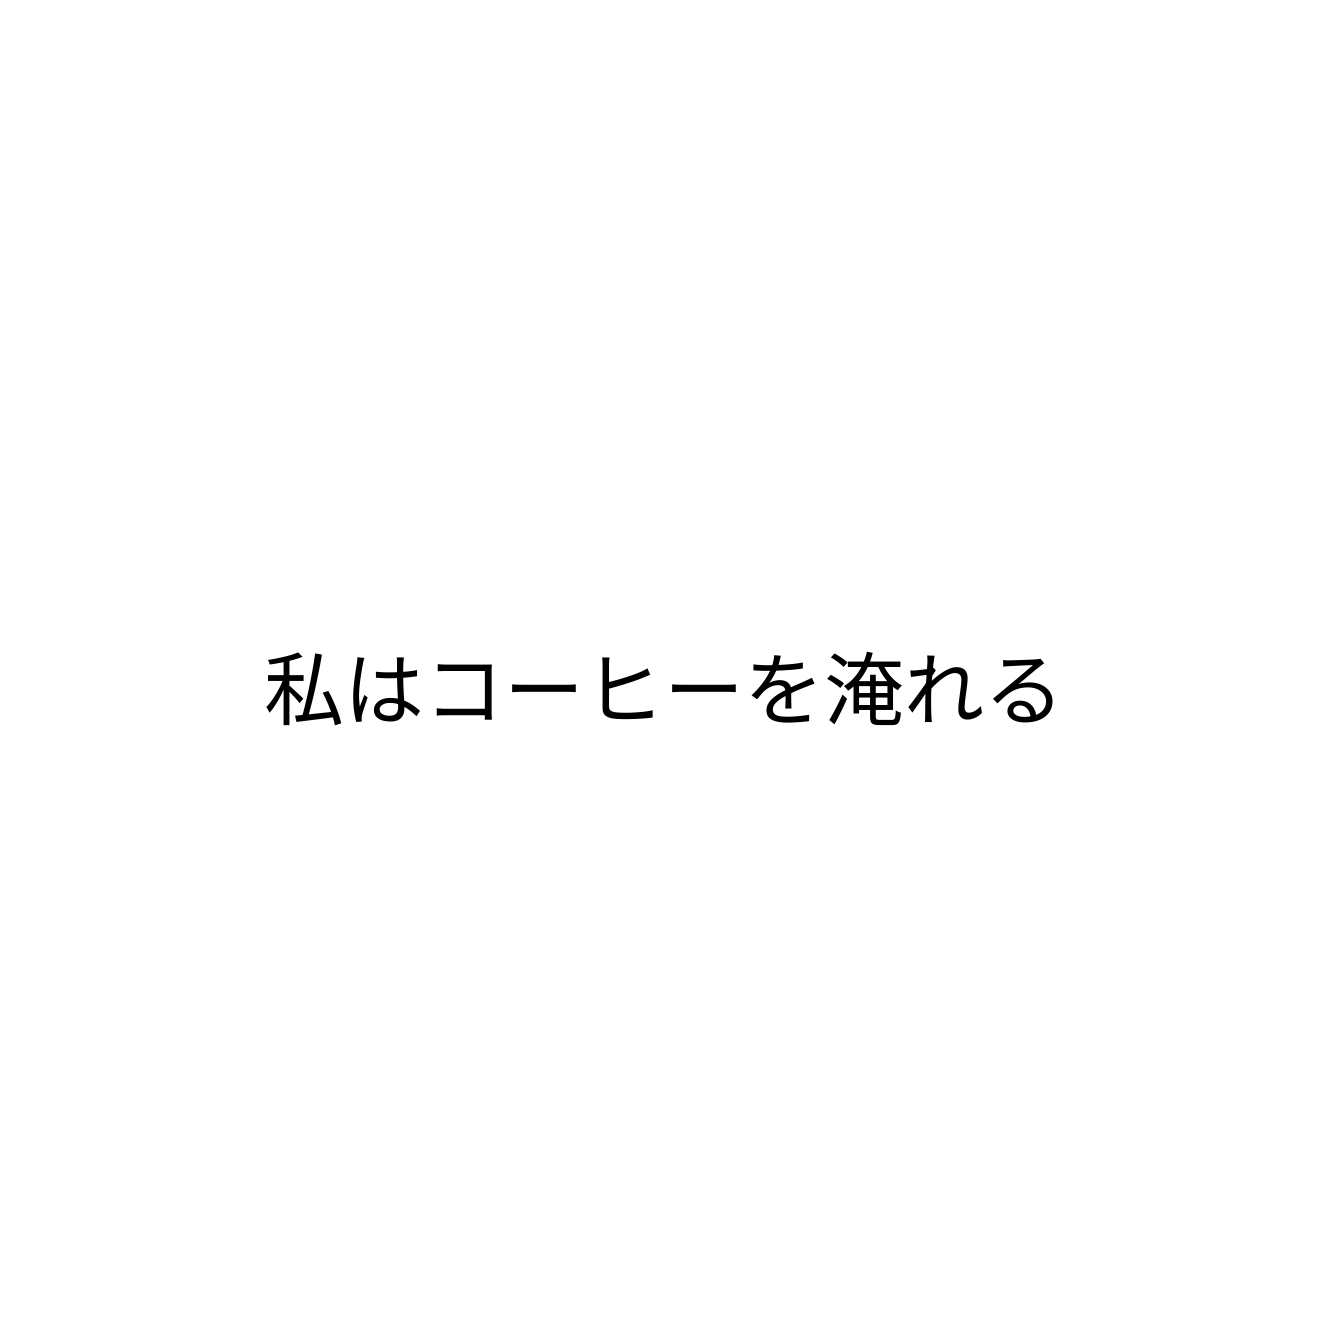
私はコーヒーを淹れる